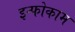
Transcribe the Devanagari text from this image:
इन्फोकाम